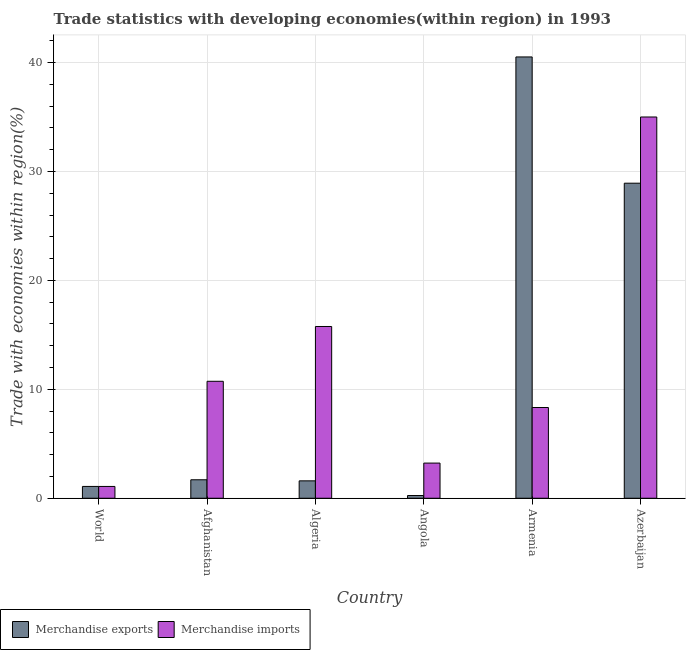
| Country | Merchandise exports | Merchandise imports |
 | --- | --- | --- |
 | World | 1.08 | 1.08 |
 | Afghanistan | 1.7 | 10.7 |
 | Algeria | 1.6 | 15.8 |
 | Angola | 0.25 | 3.23 |
 | Armenia | 40.5 | 8.33 |
 | Azerbaijan | 28.9 | 35 |